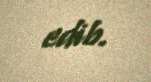
edib.